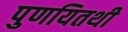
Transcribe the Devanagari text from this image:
पुणयितथी